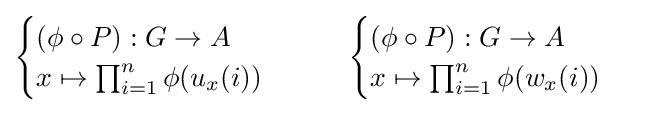
{\begin{cases}(\phi \circ P):G\to A\\x\mapsto \prod _{i=1}^{n}\phi (u_{x}(i))\end{cases}}\qquad {\begin{cases}(\phi \circ P):G\to A\\x\mapsto \prod _{i=1}^{n}\phi (w_{x}(i))\end{cases}}